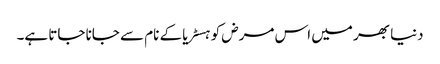
دنیا بھر میں اس مرض کو ہسٹریا کے نام سے جانا جاتا ہے۔